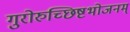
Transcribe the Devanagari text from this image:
गुरोरुच्छिष्टभोजनम्